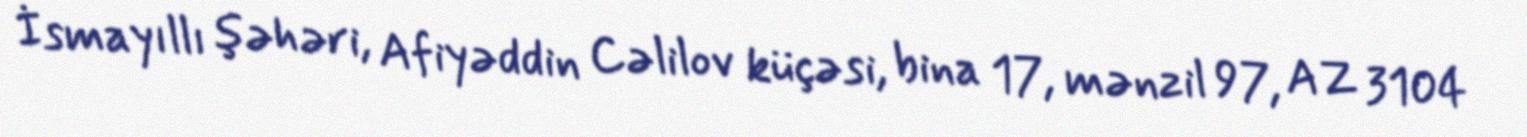
İsmayıllı şəhəri, Afiyəddin Cəlilov küçəsi, bina 17, mənzil 97, AZ 3104